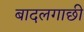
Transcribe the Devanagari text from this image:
बादलगाछी